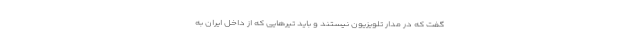
گفت که در مدار تلویزیون نیستند و باید تیرهایی که از داخل ایران به